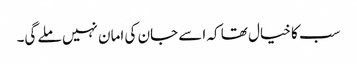
سب کا خیال تھا کہ اسے جان کی امان نہیں ملے گی۔